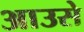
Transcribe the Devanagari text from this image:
आउसे